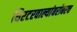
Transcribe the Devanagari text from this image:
थिएटरवाल्यांबरोबरच